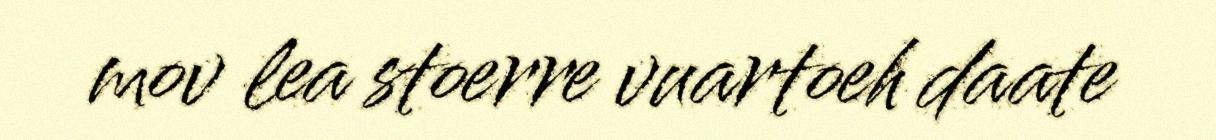
mov lea stoerre vuartoeh daate